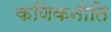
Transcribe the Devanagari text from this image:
कणिकनीति